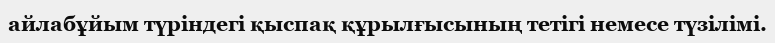
айлабұйым түріндегі қыспақ құрылғысының тетігі немесе түзілімі.